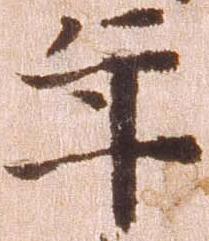
年